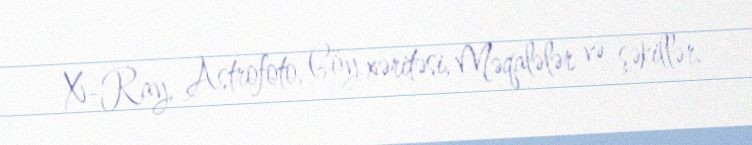
X-Ray, Astrofoto, Göy xəritəsi, Məqalələr və şəkillər.